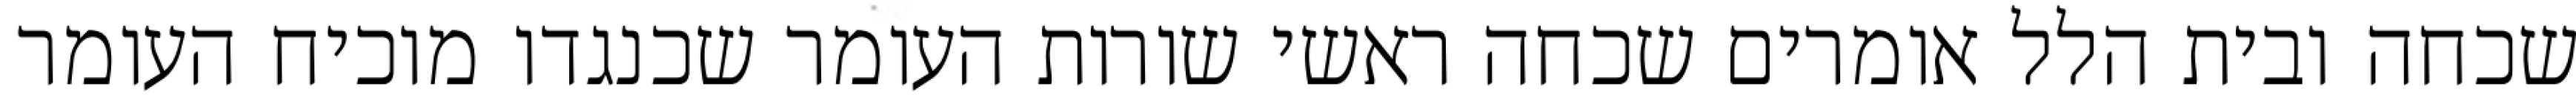
שכחה ובית הלל אומרים שכחה ראשי שורות העומר שכנגדו מוכיח העומר